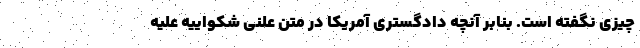
چیزی نگفته است. بنابر آنچه دادگستری آمریکا در متن علنی شکواییه علیه